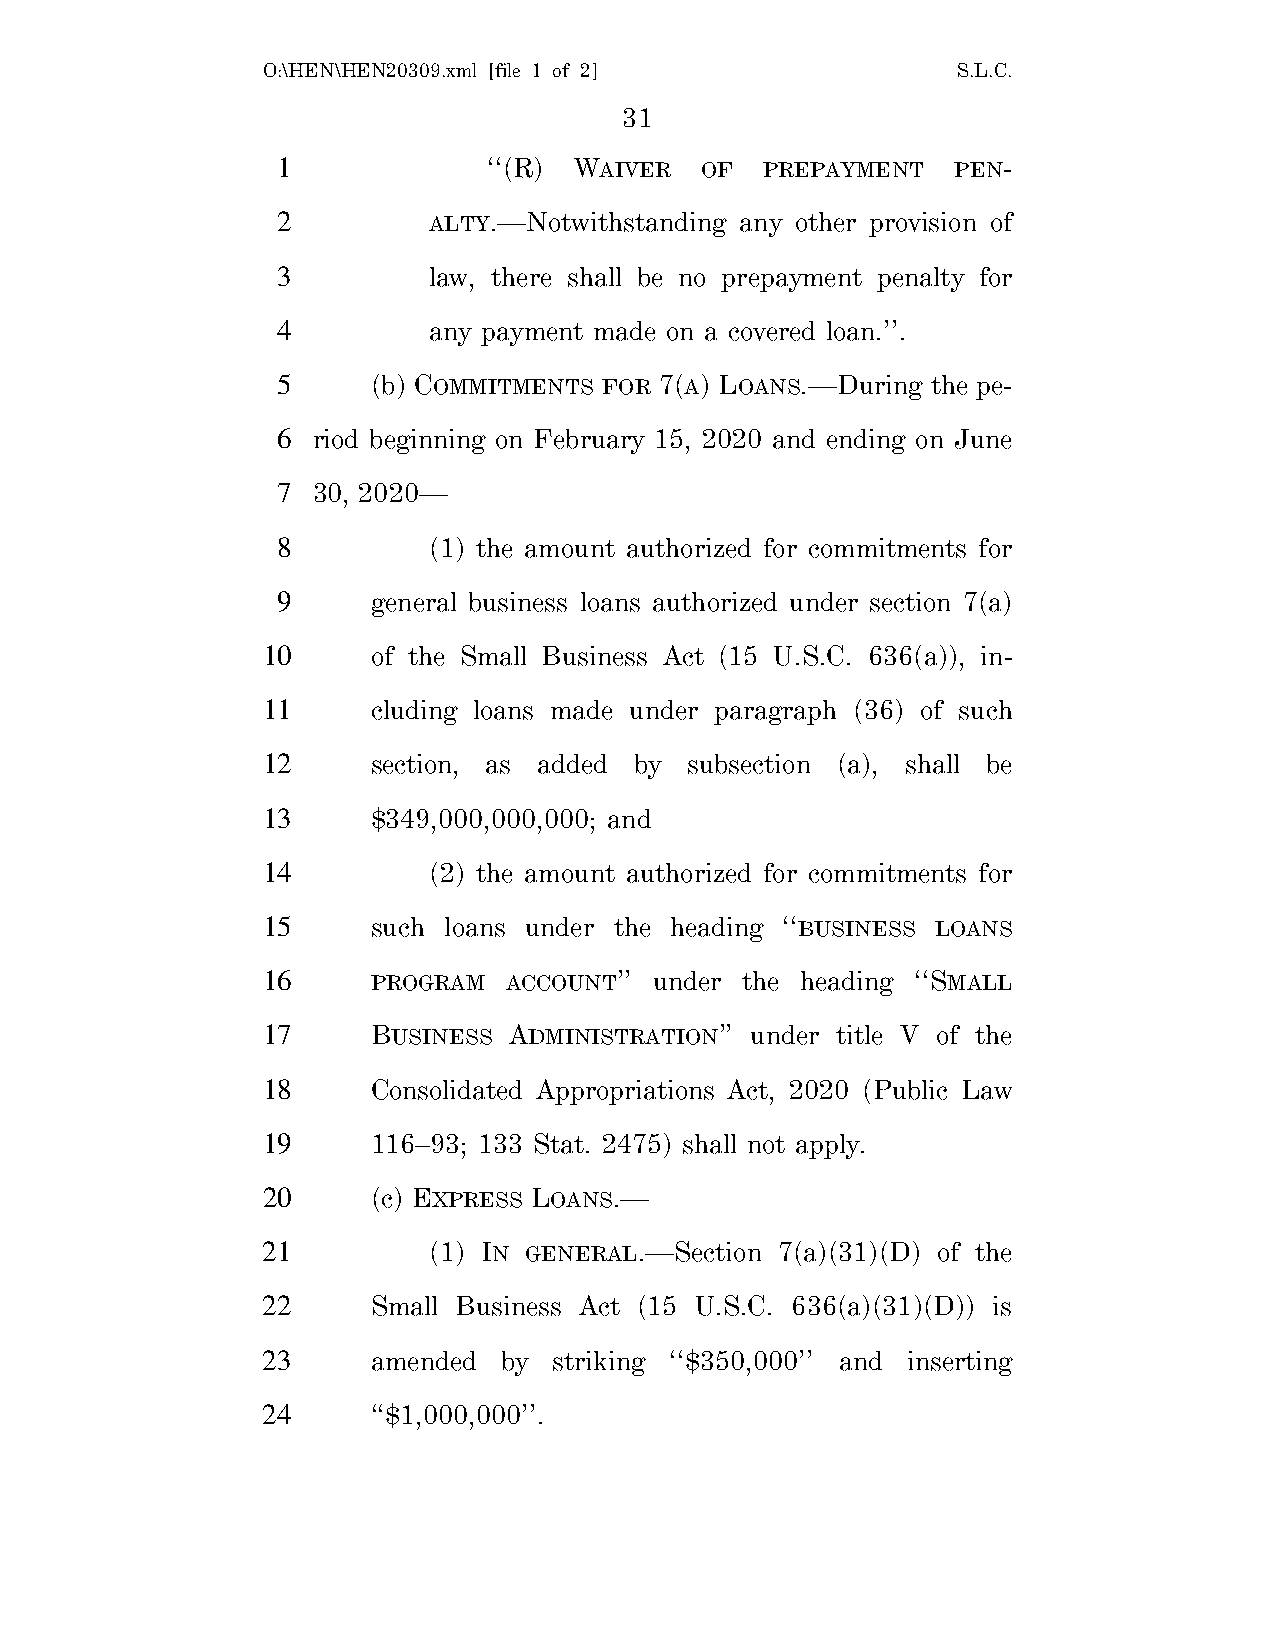
O:\HEN\HEN20309.xml [file 1 of 2]             S.L.C.
 31
 1             ‘‘(R) WAIVER  OF   PREPAYMENT  PEN-
 2         ALTY.—Notwithstanding any other provision of
 3         law, there shall be no prepayment penalty for
 4         any payment made on a covered loan.’’.
 5      (b) COMMITMENTS FOR 7(A) LOANS.—During the pe-
 6  riod beginning on February 15, 2020 and ending on June
 7  30, 2020—
 8         (1) the amount authorized for commitments for
 9      general business loans authorized under section 7(a)
 10      of the Small Business Act (15 U.S.C. 636(a)), in-
 11      cluding loans made under paragraph (36) of such
 12      section, as added by subsection (a), shall be
 13      $349,000,000,000; and
 14         (2) the amount authorized for commitments for
 15      such loans under the heading ‘‘BUSINESS LOANS
 16      PROGRAM ACCOUNT’’ under the heading ‘‘SMALL
 17      BUSINESS ADMINISTRATION’’ under title V of the
 18      Consolidated Appropriations Act, 2020 (Public Law
 19      116–93; 133 Stat. 2475) shall not apply.
 20      (c) EXPRESS LOANS.—
 21         (1) IN GENERAL.—Section 7(a)(31)(D) of the
 22      Small Business Act (15 U.S.C. 636(a)(31)(D)) is
 23      amended by  striking ‘‘$350,000’’ and inserting
 24      ‘‘$1,000,000’’.